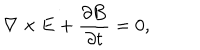
\nabla \times { \bf E } + \frac { \partial { \bf B } } { \partial t } = 0 ,